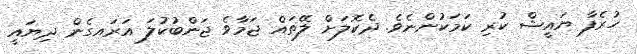
ހުރެފާ ޔައީޝް ކުރި ކަމަކުންނެވެ. ދެކޮލަށް ލޭތައް ޖަމާވެ ޖަންބުކުލަ އަރައގެން ދިޔައީ